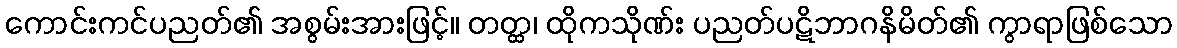
ကောင်းကင်ပညတ်၏ အစွမ်းအားဖြင့်။ တတ္ထ၊ ထိုကသိုဏ်း ပညတ်ပဋိဘာဂနိမိတ်၏ ကွာရာဖြစ်သော